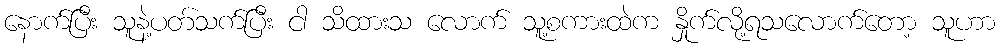
နောက်ပြီး သူနဲ့ပတ်သက်ပြီး ငါ သိထားသ လောက် သူ့စကားထဲက နှိုက်လို့ရသလောက်တော့ သူဟာ